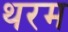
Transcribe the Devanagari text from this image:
थरम